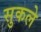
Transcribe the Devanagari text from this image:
सुकले